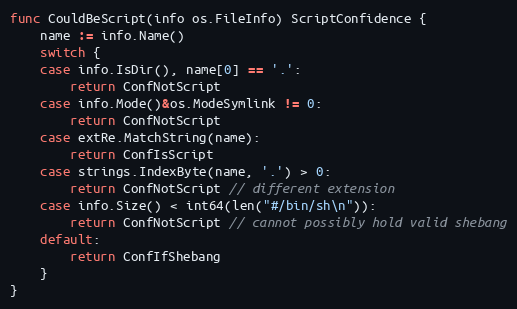
Language: Go
func CouldBeScript(info os.FileInfo) ScriptConfidence {
	name := info.Name()
	switch {
	case info.IsDir(), name[0] == '.':
		return ConfNotScript
	case info.Mode()&os.ModeSymlink != 0:
		return ConfNotScript
	case extRe.MatchString(name):
		return ConfIsScript
	case strings.IndexByte(name, '.') > 0:
		return ConfNotScript // different extension
	case info.Size() < int64(len("#/bin/sh\n")):
		return ConfNotScript // cannot possibly hold valid shebang
	default:
		return ConfIfShebang
	}
}